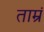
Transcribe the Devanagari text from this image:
ताम्रं